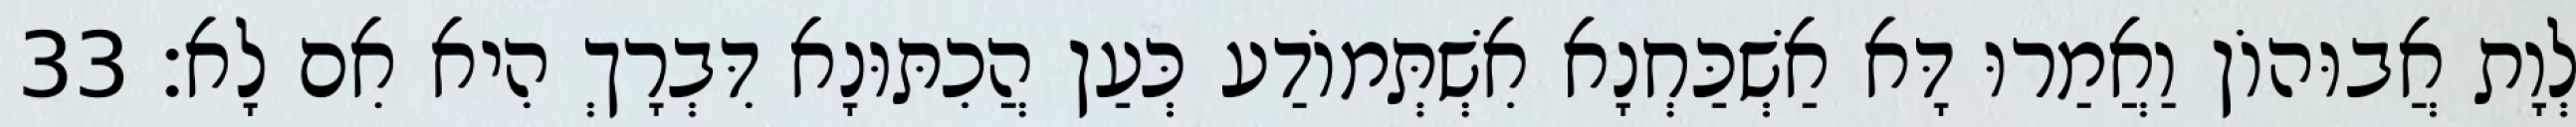
לְוָת אֲבוּהוֹן וַאֲמַרוּ דָּא אַשְׁכַּחְנָא אִשְׁתְּמוֹדַע כְּעַן הֲכִתּוּנָא דִּבְרָךְ הִיא אִם לָא׃ 33